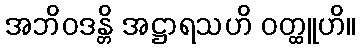
အဘိဝဒန္တိ အဋ္ဌာရသဟိ ဝတ္ထူဟိ။